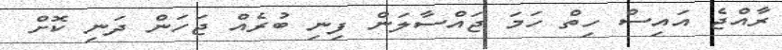
ރާއްޖެ އައިސް ހިތް ހަމަ ޖައްސާލަން ފިނި ބުރެއް ޖަހަން ދަނި ކޮށް